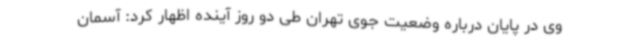
وی در پایان درباره وضعیت جوی تهران طی دو روز آینده اظهار کرد: آسمان